Report on malaria in the Punjab during the year ...  together with an account of the work of the Punjab Malaria Bureau - Volume 3
Disease focus: Malaria
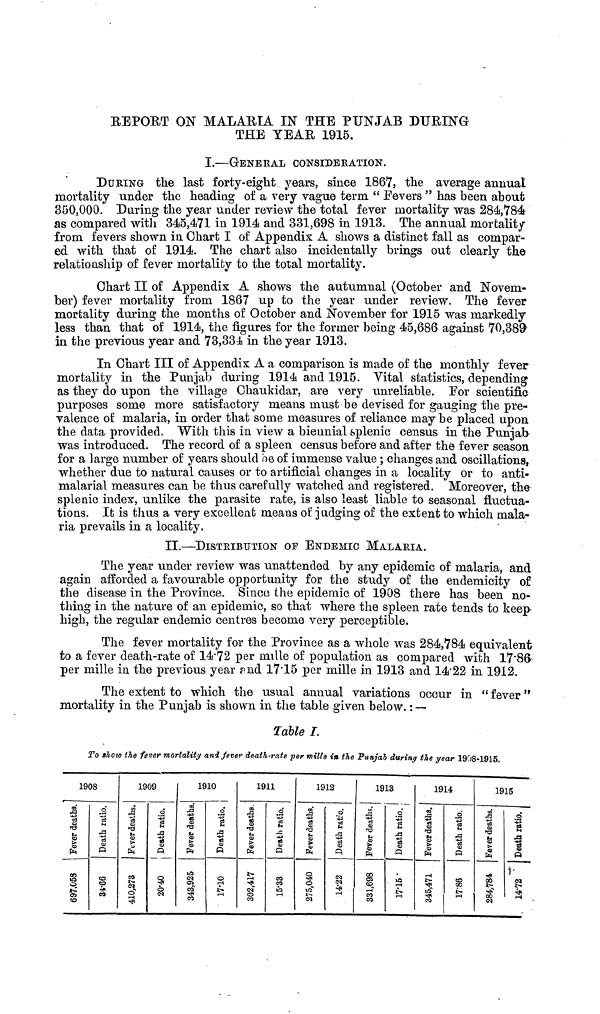
REPORT ON MALARIA IN THE PUNJAB DURING
THE YEAR 1915.
I.—GENERAL CONSIDERATION.
DURING the last forty-eight years, since 1867, the average annual
mortality under the heading of a very vague term " Fevers " has been about
350,000. During the year under review the total fever mortality was 284,784
as compared with 345,471 in 1914 and 331,698 in 1913. The annual mortality
from fevers shown in Chart I of Appendix A shows a distinct fall as compar-
ed with that of 1914. The chart also incidentally brings out clearly the
relationship of fever mortality to the total mortality.
Chart II of Appendix A shows the autumnal (October and Novem-
ber) fever mortality from 1867 up to the year under review. The fever
mortality during the months of October and November for 1915 was markedly
less than that of 1914, the figures for the former being 45,686 against 70,389
in the previous year and 73,334 in the year 1913.
In Chart III of Appendix A a comparison is made of the monthly fever
mortality in the Punjab during 1914 and 1915. Vital statistics, depending
as they do upon the village Chaukidar, are very unreliable. For scientific
purposes some more satisfactory means must be devised for gauging the pre-
valence of malaria, in order that some measures of reliance may be placed upon
the data provided. With this in view a biennial splenic census in the Punjab
was introduced. The record of a spleen census before and after the fever season,
for a large number of years should be of immense value ; changes and oscillations,
whether due to natural causes or to artificial changes in a locality or to anti-
malarial measures can be thus carefully watched and registered. Moreover, the
splenic index, unlike the parasite rate, is also least liable to seasonal fluctua-
tions. It is thus a very excellent means of judging of the extent to which mala-
ria prevails in a locality.
II.—DISTRIBUTION OF ENDEMIC MALARIA.
The year under review was unattended by any epidemic of malaria, and
again afforded a favourable opportunity for the study of the endemicity of
the disease in the Province. Since the epidemic of 1908 there has been no-
thing in the nature of an epidemic, so that where the spleen rate tends to keep
high, the regular endemic centres become very perceptible.
The fever mortality for the Province as a whole was 284,784 equivalent
to a fever death-rate of 14.72 per mille of population as compared with 17.86
per mille in the previous year and 17.15 per mille in 1913 and 1422 in 1912.
The extent to which the usual annual variations occur in " fever "
mortality in the Punjab is shown in the table given below. : —
Table I.
To »how the fever mortality and fever death-rate per mille in the Punjab during the year 1908-1915.
1908
Fever deaths.
697.058
Death ratio.
34.66
1909
Fever deaths.
410.278
Death ratio.
20.40
1910
Fever deaths.
343.926
Death ratio.
17.10
1911
Fever deaths.
302,417
Death ratio.
15.33
1912
Fever deaths.
275,040
Death ratio.
14.22
1913
Fever deaths.
331,698
Death ratio.
17.15
1914
Fever deaths.
345,471
Death ratio.
17.86
1915
Fever deaths.
284,784
Death ratio.
14.72